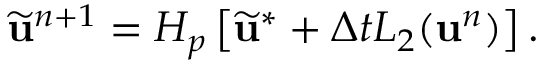
\widetilde { \mathbf { u } } ^ { n + 1 } = H _ { p } \left[ \widetilde { \mathbf { u } } ^ { * } + \Delta t L _ { 2 } ( \mathbf { u } ^ { n } ) \right] .